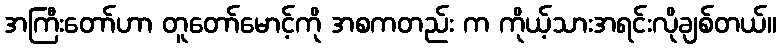
အကြီးတော်ဟာ တူတော်မောင့်ကို အစကတည်း က ကိုယ့်သားအရင်းလိုချစ်တယ်။